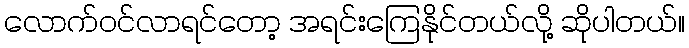
လောက်ဝင်လာရင်တော့ အရင်းကြေနိုင်တယ်လို့ ဆိုပါတယ်။